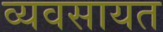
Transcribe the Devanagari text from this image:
व्यवसायत